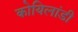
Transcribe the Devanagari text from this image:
कोयिलांडी